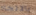
بالاتجاه